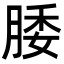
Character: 腇